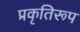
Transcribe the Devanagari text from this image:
प्रकृतिरूप